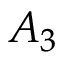
\boldsymbol { A } _ { 3 }